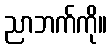
ညာဘက်ကို။